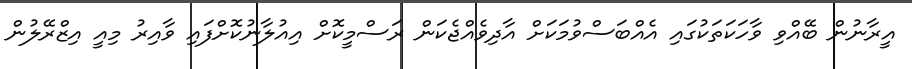
އީރާނުން ބޭއްވި ވާހަކަތަކުގައި އެއްބަސްވުމަކަށް އާދިވެއްޖެކަން ރަސްމީކޮށް އިއުލާނުކޮށްފައި ވާއިރު މިއީ އިޒްރޭލުން